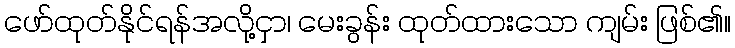
ဖော်ထုတ်နိုင်ရန်အလို့ငှာ၊ မေးခွန်း ထုတ်ထားသော ကျမ်း ဖြစ်၏။